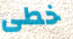
خطى